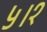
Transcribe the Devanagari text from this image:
५।१